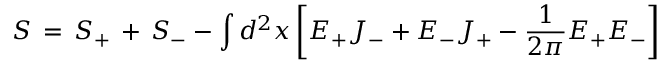
S \, = \, S _ { + } \, + \, S _ { - } - \int d ^ { 2 } x \left[ E _ { + } { \cal J } _ { - } + E _ { - } { \cal J } _ { + } - { \frac { 1 } { 2 \pi } } E _ { + } E _ { - } \right]